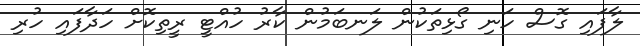
ލާފައި ގޮސް ހަނި ގޯޅިތަކުން ލަނބަމުން ކާރު ހުއްޓީ ރީތިކޮށް ހަދާފައި ހުރި